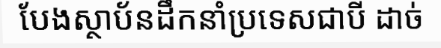
បែងស្ថាប័នដឹកនាំប្រទេសជាបី ដាច់